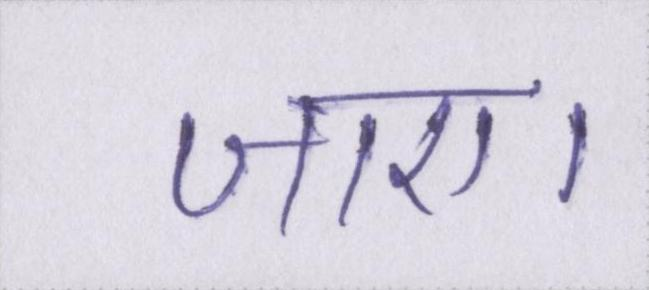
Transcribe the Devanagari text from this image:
जाए।